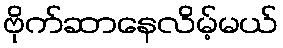
ဗိုက်ဆာနေလိမ့်မယ်